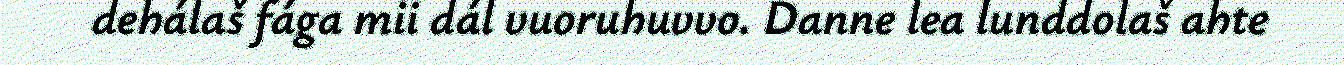
dehálaš fága mii dál vuoruhuvvo. Danne lea lunddolaš ahte